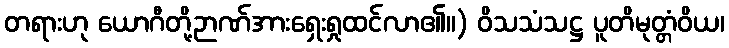
တရားဟု ယောဂီတို့ဉာဏ်အားရှေးရှုထင်လာ၏။) ဝိသသံသဋ္ဌ ပူတိမုတ္တံဝိယ၊